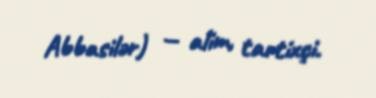
Abbasilər) — alim, tartixçi.